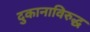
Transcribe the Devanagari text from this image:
दुकानाविरुद्ध